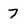
Character: 7